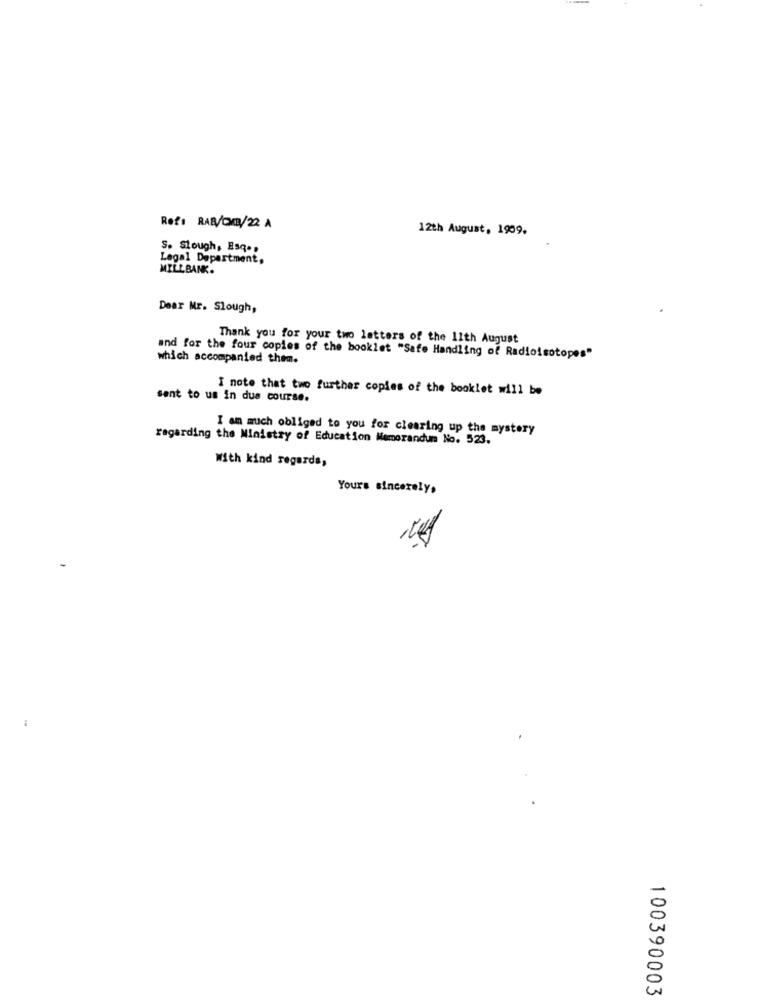
Ref: RAB/Cm/22 A
12th August, 1909.
S. Slough, Esq .,
Legal Department.
MILLBANK.
Dear Mr. Slough,
Thank you for your two letters of the 11th August
which accompanied them.
and for the four copies of the booklet "Safe Handling of Radioisotopes"
I note that two further copies of the booklet will be
sent to us in due course.
I am much obliged to you for clearing up the mystery
regarding the Ministry of Education Memorandum No. 523.
With kind regards,
Yours sincerely,
100390003